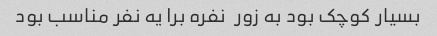
بسیار کوچک بود به زور  نفره برا یه نفر مناسب بود